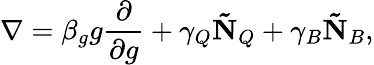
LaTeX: \nabla=\beta_{g}g\frac{\partial}{\partial g}+\gamma_{Q}\mathbf{\tilde{N}}_{Q}+\gamma_{B}\mathbf{\tilde{N}}_{B},